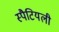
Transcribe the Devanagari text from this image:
स्पैटियली